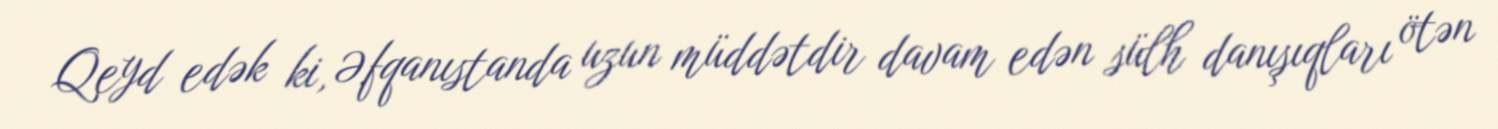
Qeyd edək ki, Əfqanıstanda uzun müddətdir davam edən sülh danışıqları ötən